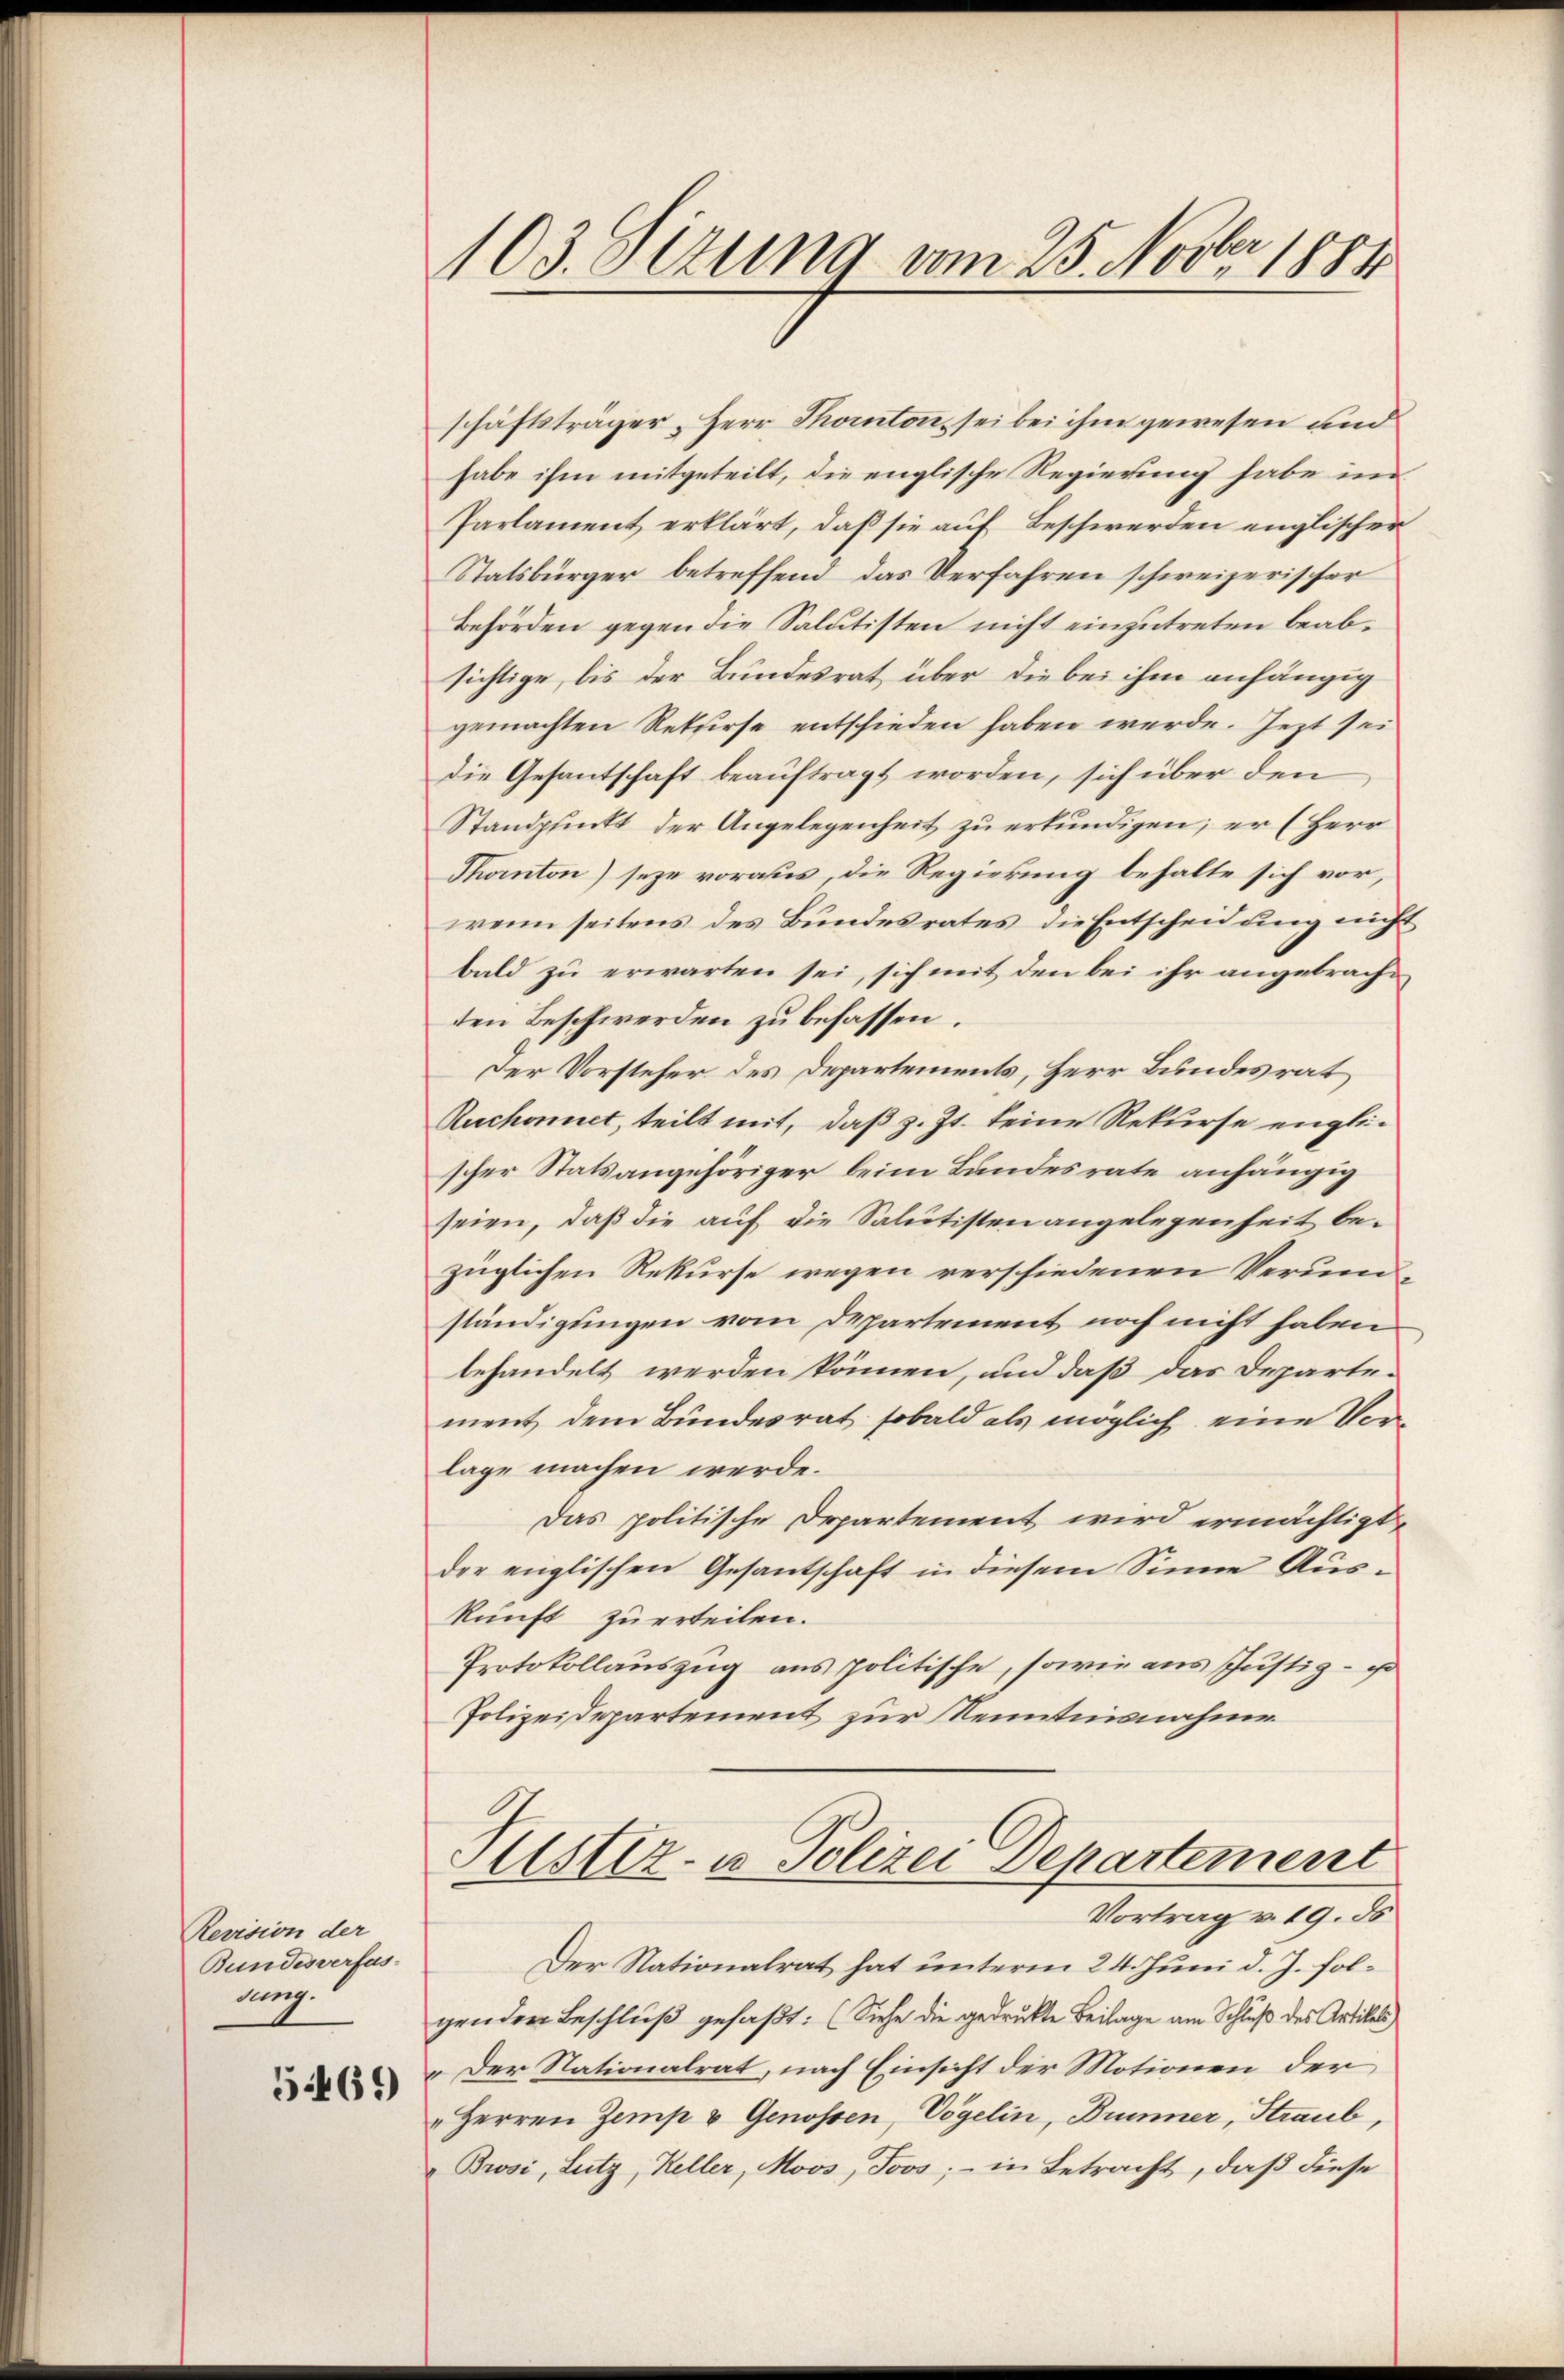
Revision der
Bundesverfas-
dung.

5469

103. Sizung am 25. Novbr. 1884

schäftsträger, Herr Thornton sei bei ihm gewesen und
habe ihm mitgeteilt, die englische Regierung habe im
Parlament erklärt, daß sie auf Beschwerden englischer
Statsbürger betreffend das Verfahren schweizerischer
Behörden gegen die Salutisten nicht einzutreten beabsichtige, bis der Bundesrat über die bei ihm anhängig
gemachten Rekurse entschieden haben werde. Jezt sei
Die Gesantschaft beauftragt worden, sich über den
Standpunkt der Angelegenheit zu erkundigen; er (Herr
Thornton) seze voraus, die Regierung behalte sich vor,
wenn seitens des Bundesrates die Entscheidung nicht
bald zu erwarten sei, sich mit den bei ihr angebrachten Beschwerden zu befassen.
Der Vorsteher des Departements, Herr Bundesrat
Ruchonnet, teilt mit, daß z. Zt. keine Rekurse englischer Statsangehöriger beim Landesrate anhängig
seien, daß die auf die Salutisten angelegenheit bezüglichen Rekurse wegen verschiedenen Verundständigungen vom Departement noch nicht haben
behandelt werden können, und daß das Departe-
ment dem Bundesrat, sobald als möglich eine Vorlage machen werde.
Das politische Departement wird ermächtigt,
der englischen Gesantschaft in diesem Sinne Auskunft zu erteilen.
Protokollauszug aus politische, sowie aus Justiz- u
Polizeidepartement zur Kenntnisnahme
Sistiz- u Polizei Departement
Vortrag v. 19. ds
Der Nationalrat hat unterm 24. Juni d. J. folgenden Beschluß gefaßt: (Siehe die gedruckte Beilage am Schluß des Artikels
„Der Nationalrat, nach Einsicht der Motionen der
Herren Zemp u Genossen, Vögelin, Brunner, Straub,
„ Brosi, Lutz, Keller, Moos, Joos; in Betracht, daß diese